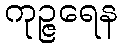
ကုဉ္ဇရေန